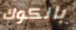
بانكوك